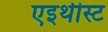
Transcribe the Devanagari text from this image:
एइथीस्ट